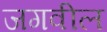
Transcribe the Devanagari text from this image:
जगवील